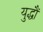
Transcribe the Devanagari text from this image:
युद्धौं